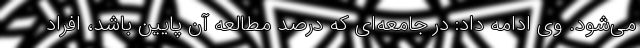
می‌شود. وی ادامه داد: در جامعه‌ای که درصد مطالعه آن پایین باشد، افراد